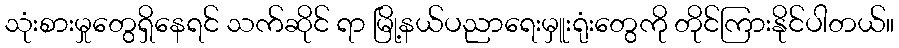
သုံးစားမှုတွေရှိနေရင် သက်ဆိုင် ရာ မြို့နယ်ပညာရေးမှူးရုံးတွေကို တိုင်ကြားနိုင်ပါတယ်။